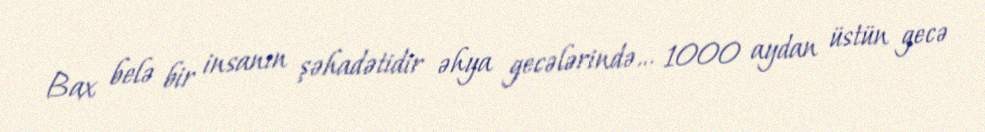
Bax belə bir insanın şəhadətidir əhya gecələrində... 1000 aydan üstün gecə